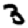
Digit: 3